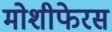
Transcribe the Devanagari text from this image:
मोशीफेरस